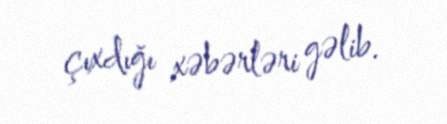
çıxdığı xəbərləri gəlib.